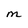
Character: M